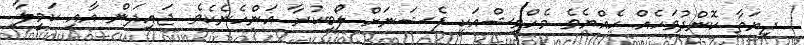
ދިޔަތާ ކޮންދުވަހެއް ހެއްޔެވެ މެހްވިޝްއަކީ ފެޝަނަށް ލޯބިކުރާ އަންހެނެކެވެ. ޖައިދަން އާއި ކަމީލާ